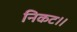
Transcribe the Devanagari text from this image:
निकट।।